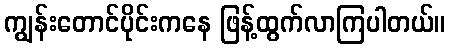
ကျွန်းတောင်ပိုင်းကနေ ဖြန့်ထွက်လာကြပါတယ်။